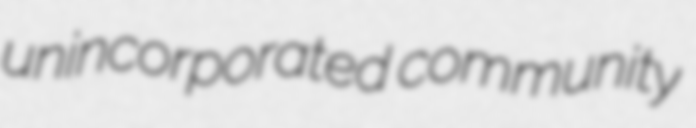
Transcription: unincorporated community